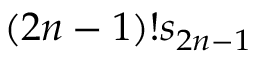
( 2 n - 1 ) ! s _ { 2 n - 1 }